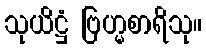
သုယိဋ္ဌံ ဗြဟ္မစာရိသု။